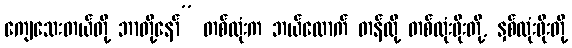
ကျေသေးတယ်တို့ ဘာတို့နော်” တစ်လုံးက ဘယ်လောက် တန်လို့ တစ်လုံးဖိုးတို့, နှစ်လုံးဖိုးတို့